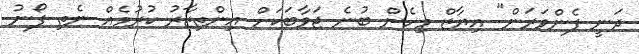
ދަނީ ފެންވަރަން" އިޔާޒް މިހެން ބުނެ ޖަވާބަކަށް އިންތިޒާރު ކުރުމެއް ނެތި ފޯނު